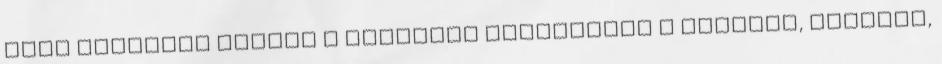
hogy mennyire hatnak a mesebeli történetek a jelenre, illetve,